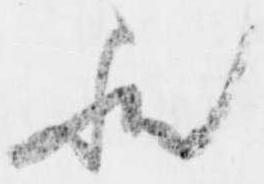
歟